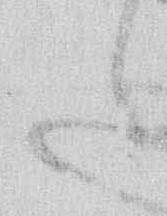
た